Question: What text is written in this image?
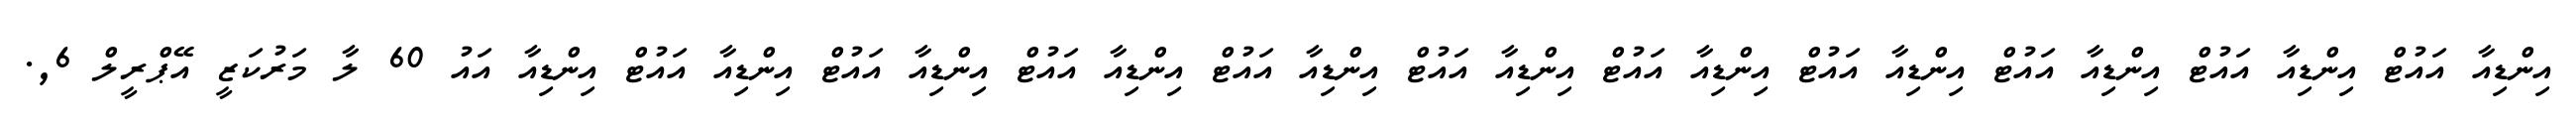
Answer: އިންޑިއާ އައުޓް އިންޑިއާ އައުޓް އިންޑިއާ އައުޓް އިންޑިއާ އައުޓް އިންޑިއާ އައުޓް އިންޑިއާ އައުޓް އިންޑިއާ އައުޓް އިންޑިއާ އައުޓް އިންޑިއާ އައުޓް އިންޑިއާ އައުޓް އިންޑިއާ އައު 60 ލާ މަރުކަޒީ އޭޕްރީލް 6,.